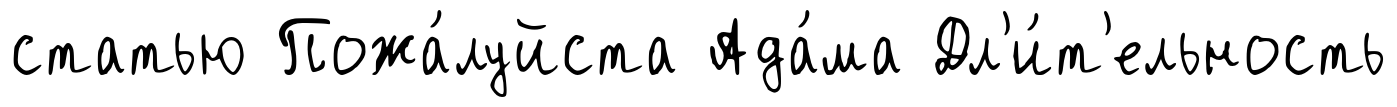
статью Пожа́луйста Ада́ма Дл'и́т'ельность